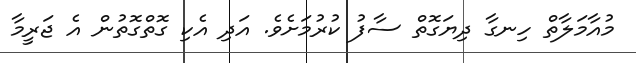
މުއާމަލާތް ހިނގާ ދިޔަގޮތް ސާފު ކުރުމަށެވެ. އަދި އެކި ގޮތްގޮތުން އެ ޖަރީމާ